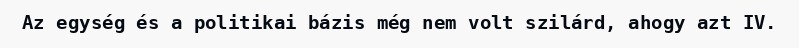
Az egység és a politikai bázis még nem volt szilárd, ahogy azt IV.